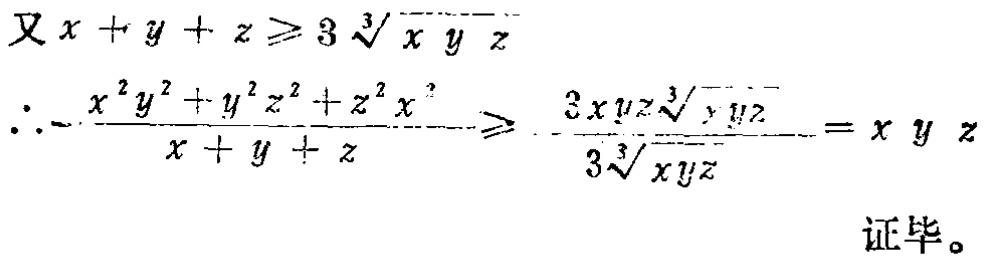
又 \(x + y + z \geqslant 3\sqrt[3]{x y z}\)
\(\therefore \frac{x^{2}y^{2} + y^{2}z^{2} + z^{2}x^{2}}{x + y + z} \geqslant \frac{3xyz\sqrt[3]{xyz}}{3\sqrt[3]{xyz}} = x y z\)
证毕。